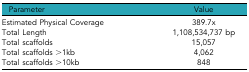
| Parameter | Value |
 | --- | --- |
 | Estimated Physical Coverage | 389.7x |
 | Total Length | 1,108,534,737 bp |
 | Total scaffolds | 15,057 |
 | Total scaffolds >1kb | 4,062 |
 | Total scaffolds >10kb | 848 |